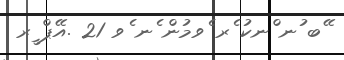
ޭބ ުނ ްނކު ެރ ެވމުން ެނ ެވ 21 .އޭޕް ީރ